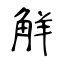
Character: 觧